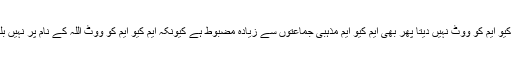
میرے خیال میں حالانکہ میں ایم کیو ایم کو ووٹ نہیں دیتا پھر بھی ایم کیو ایم مذہبی جماعتوں سے زیادہ مضبوط ہے کیونکہ ایم کیو ایم کو ووٹ اللہ کے نام پر نہیں بلکہ سیاست کی بنیاد پر ملتے ہیں۔